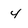
Character: 4